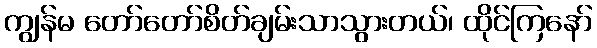
ကျွန်မ တော်တော်စိတ်ချမ်းသာသွားတယ်၊ ထိုင်ကြနော်